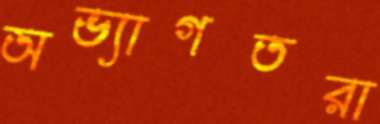
অভ্যাগতরা